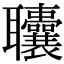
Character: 𫆓